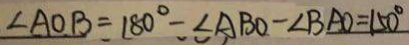
\angle A O B = 1 8 0 ^ { \circ } - \angle A B O - \angle B A O = 1 5 0 ^ { \circ }